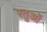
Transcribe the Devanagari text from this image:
रतुओं